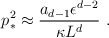
\begin{align*}p_*^2\approx {a_{d-1}\epsilon^{d-2}\over\kappa L^d}~.\end{align*}